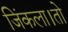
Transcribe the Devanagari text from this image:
जिंकला।तो